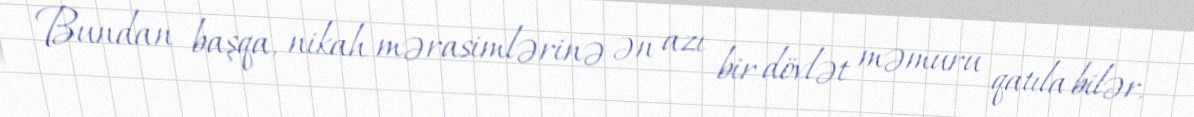
Bundan başqa, nikah mərasimlərinə ən azı bir dövlət məmuru qatıla bilər.